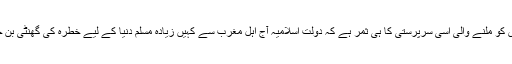
داعش کو ملنے والی اسی سرپرستی کا ہی ثمر ہے کہ دولت اسلامیہ آج اہل مغرب سے کہیں زیادہ مسلم دنیا کے لیے خطرہ کی گھنٹی بن چکی۔